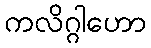
ကလိဂ္ဂါဟော